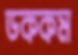
ডককম